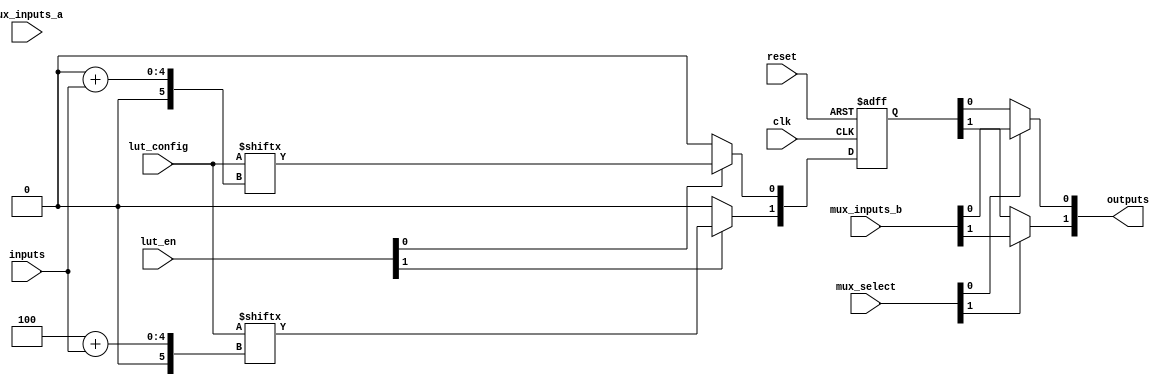
module ConfigurableLogicBlock #(
    parameter NUM_LUTS = 2,     // Number of LUTs
    parameter LUT_SIZE = 4,     // Size of each LUT (4-input)
    parameter NUM_MUXES = 2,     // Number of multiplexers
    parameter NUM_OUTPUTS = 2    // Number of outputs
)(
    input wire clk,                                 // Clock input for registers
    input wire reset,                               // Reset signal
    input wire [NUM_LUTS * LUT_SIZE - 1 : 0] lut_config, // LUT configuration inputs
    input wire [NUM_LUTS - 1 : 0] lut_en,         // Enable signals for each LUT
    input wire [NUM_MUXES-1 : 0] mux_select,       // MUX select signals
    input wire [LUT_SIZE - 1 : 0] inputs,          // Input signals to the LUTs
    input wire [NUM_MUXES - 1 : 0] mux_inputs_a,   // MUX input A
    input wire [NUM_MUXES - 1 : 0] mux_inputs_b,   // MUX input B
    output wire [NUM_OUTPUTS - 1 : 0] outputs      // Outputs from the CLB
);

    // Lookup table outputs
    wire [NUM_LUTS - 1 : 0] lut_outputs;
    reg [NUM_LUTS - 1 : 0] lut_regs; // Register outputs for LUTs

    // Implement LUTs
    genvar i;
    generate
        for (i = 0; i < NUM_LUTS; i = i + 1) begin : lut_gen
            assign lut_outputs[i] = lut_en[i] ? lut_config[i * LUT_SIZE + inputs] : 1'b0;
        end
    endgenerate

    // Optionally register LUT outputs
    always @(posedge clk or posedge reset) begin
        if (reset) begin
            lut_regs <= 0;
        end else begin
            lut_regs <= lut_outputs;
        end
    end

    // MUX logic to select outputs
    wire [NUM_MUXES - 1 : 0] mux_outputs;
    assign mux_outputs[0] = mux_select[0] ? mux_inputs_b[0] : lut_regs[0];
    assign mux_outputs[1] = mux_select[1] ? mux_inputs_b[1] : lut_regs[1];

    // Output assignment (can be extended based on design choice)
    assign outputs = mux_outputs;

endmodule